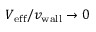
{ V _ { \mathrm { e f f } } } / { v _ { \mathrm { w a l l } } } \rightarrow 0